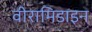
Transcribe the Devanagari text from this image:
वीरामिडाइन